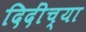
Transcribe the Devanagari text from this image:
दिदींच्या